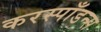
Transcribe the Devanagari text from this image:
करस्पाँडन्स